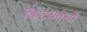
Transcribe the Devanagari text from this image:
किटकाची